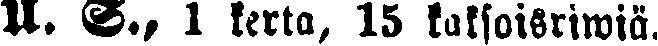
U. S., 1 kerta 15 kaksoisriwiä.